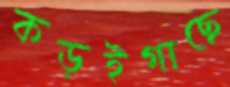
কড়ইগাছে